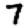
Digit: 7